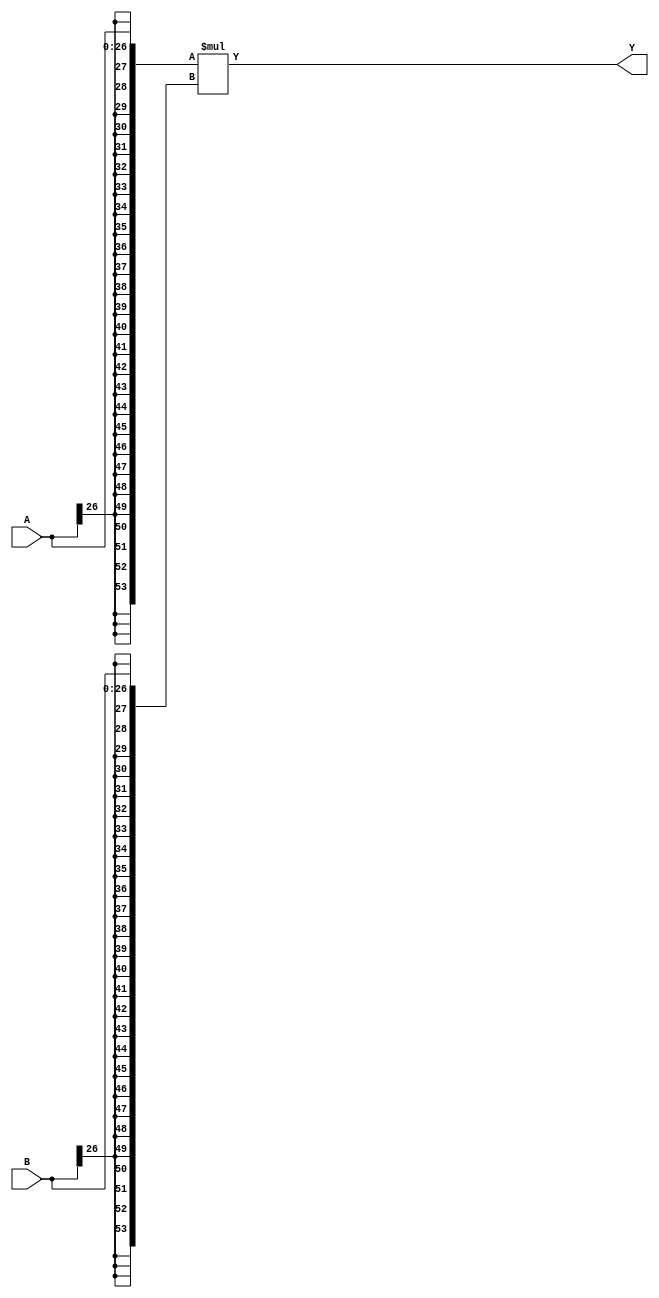
module MISTRAL_MUL27X27(input [26:0] A, input [26:0] B, output [53:0] Y);

parameter A_SIGNED = 1;
parameter B_SIGNED = 1;

`ifdef cyclonev
specify
    (A *> Y) = 3732;
    (B *> Y) = 3928;
endspecify
`endif
`ifdef arriav
// NOTE: Arria V appears to have only one set of timings for all DSP modes...
specify
    (A *> Y) = 1895;
    (B *> Y) = 2053;
endspecify
`endif
`ifdef cyclone10gx
// TODO: Cyclone 10 GX timings; the below are for Cyclone V
specify
    (A *> Y) = 3732;
    (B *> Y) = 3928;
endspecify
`endif

wire [53:0] A_, B_;

if (A_SIGNED)
    assign A_ = $signed(A);
else
    assign A_ = $unsigned(A);

if (B_SIGNED)
    assign B_ = $signed(B);
else
    assign B_ = $unsigned(B);

assign Y = A_ * B_;

endmodule